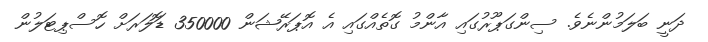
ދަނީ ބަލަމުންނެވެ. ސިންގަޕޫރުގައި އާންމު ގޮތެއްގައި އެ އޮޕަރޭޝަން 350000 ޑޮަލަރަށް ހޮސްޕިޓަލުން